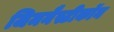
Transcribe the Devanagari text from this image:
जिमनैस्टीकॉन